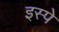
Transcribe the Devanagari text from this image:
इस्पे